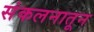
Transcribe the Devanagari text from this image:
संकलनातून